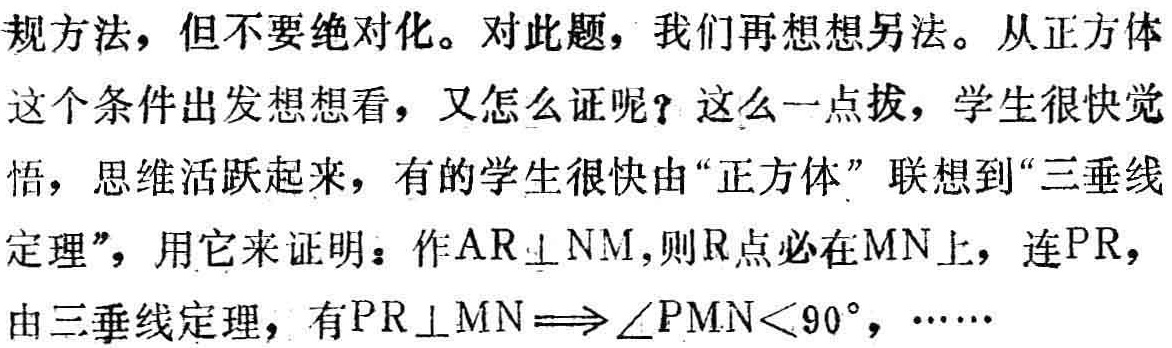
规方法，但不要绝对化。对此题，我们再想想另法。从正方体

这个条件出发想想看，又怎么证呢？这么一点拔，学生很快觉

悟，思维活跃起来，有的学生很快由“正方体”联想到“三垂线

定理”，用它来证明：作\(AR\perp NM\)，则\(R\)点必在\(MN\)上，连\(PR\)，

由三垂线定理，有\(PR\perp MN\Longrightarrow \angle PMN<90^{\circ}\)，……